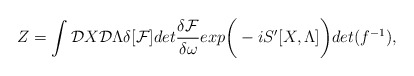
\begin{align*}Z = \int {\cal D}X {\cal D} \Lambda \delta [{\cal F}] det {\delta {\cal F} \over \delta \omega}exp \bigg( -i S'[X,\Lambda]\bigg) det( f^{-1}),\end{align*}